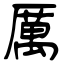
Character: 厲